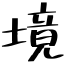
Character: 境